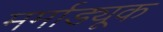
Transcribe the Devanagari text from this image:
मर्माड्यूक